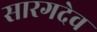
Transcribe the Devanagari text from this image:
सारगदेव